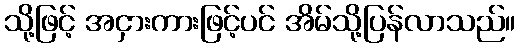
သို့ဖြင့် အငှားကားဖြင့်ပင် အိမ်သို့ပြန်လာသည်။